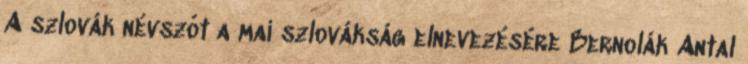
A szlovák névszót a mai szlovákság elnevezésére Bernolák Antal